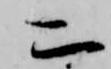
二